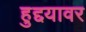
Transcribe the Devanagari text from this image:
हुद्दयावर